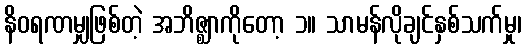
နိဝရဏမျှဖြစ်တဲ့ အဘိဇ္ဈာကိုတော့ ၁။ သာမန်လိုချင်နှစ်သက်မှု၊